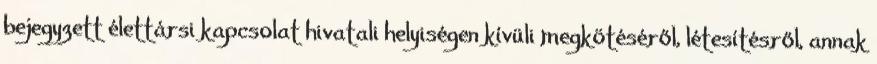
bejegyzett élettársi kapcsolat hivatali helyiségen kívüli megkötéséről, létesítésről, annak